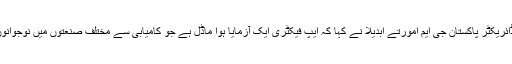
مائیکرو سافٹ 4Afrika انی شی ایٹو کے ریجنل ڈائریکٹر پاکستان جی ایم امورتے ابدیلا نے کہا کہ ایپ فیکٹری ایک آزمایا ہوا ماڈل ہے جو کامیابی سے مختلف صنعتوں میں نوجوانوں کے روزگار اور کاروبار میں بہتری لا رہا ہے۔